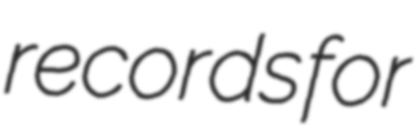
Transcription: records for